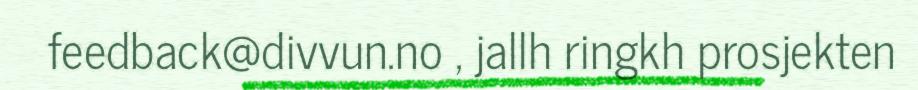
feedback@divvun.no , jallh ringkh prosjekten